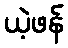
ယဲ့ဖန်